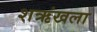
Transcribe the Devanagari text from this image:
शऋंखला